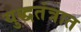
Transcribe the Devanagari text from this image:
युद्धतंत्रात